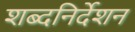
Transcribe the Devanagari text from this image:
शब्दनिर्देशन